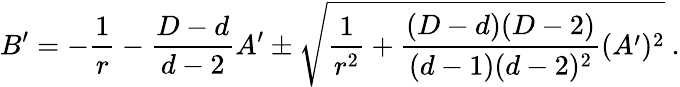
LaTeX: B^{\prime}=-{\frac{1}{r}}-{\frac{D-d}{d-2}}A^{\prime}\pm\sqrt{{\frac{1}{r^{2}}}+{\frac{(D-d)(D-2)}{(d-1)(d-2)^{2}}}(A^{\prime})^{2}}~.